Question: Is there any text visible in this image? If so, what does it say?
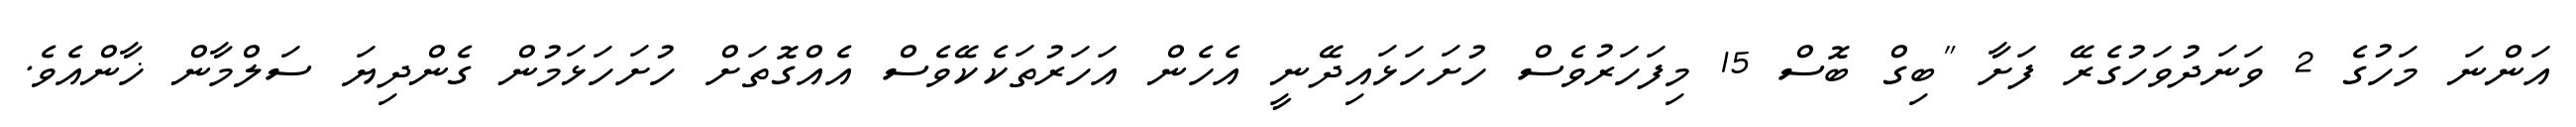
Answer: އަންނަ މަހުގެ 2 ވަނަދުވަހުގެރޭ ފަށާ "ބިގް ބޮސް 15 މިފަހަރުވެސް ހުށަހަޅައިދޭނީ އެހެން އަހަރުތަކެކޭވެސް އެއްގޮތަށް ހުށަހަޅަމުން ގެންދިޔަ ސަލްމާން ޚާންއެވެ.